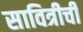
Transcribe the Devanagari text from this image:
सावित्रीची